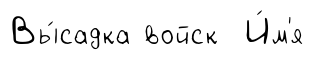
Вы́садка войск И́м'я